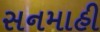
સનમાહી